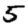
Digit: 5